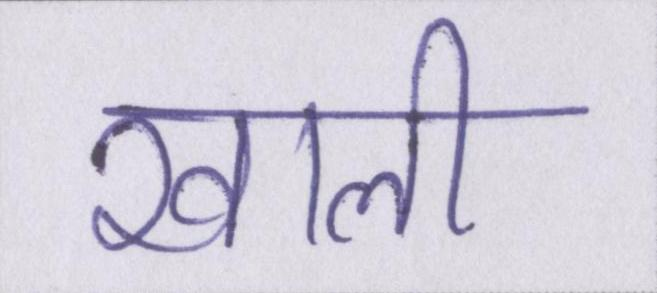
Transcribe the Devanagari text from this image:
खाली